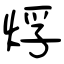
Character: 烰